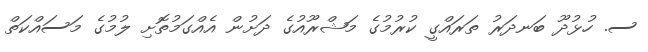
ސ. ހުޅުދޫ ބަނދަރު ތަރައްގީ ކުރުމުގެ މަޝްރޫއުގެ ދަށުން އެއްގަމުތޮށި ލުމުގެ މަސައްކަތް